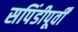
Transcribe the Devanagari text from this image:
सपिंडीपूर्वीं